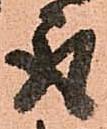
取